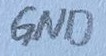
Text: GND